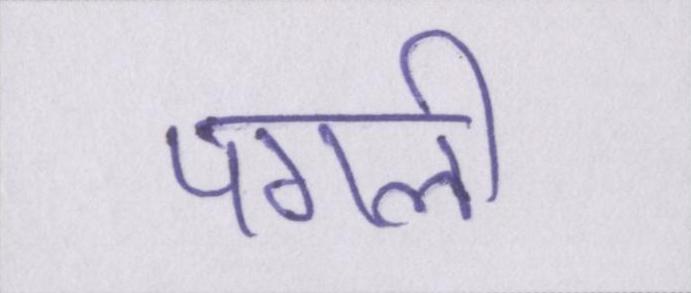
पगली